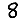
Digit: 8